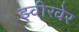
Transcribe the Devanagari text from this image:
झ्वीरवेर